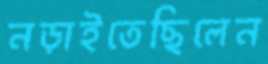
নড়াইতেছিলেন